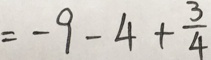
= - 9 - 4 + \frac { 3 } { 4 }